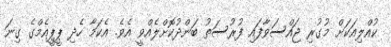
ކުއްލިއަކަށް މުގުރި ޖައްސަވާފައި ފުރުސަތު ބަންދުކޮށްލެއްވީ އެވެ. އެކަމާ ހެދި ޕީޕީއެމްގެ ގިނަ